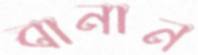
বানান